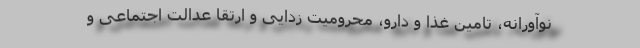
نوآورانه، تامین غذا و دارو، محرومیت زدایی و ارتقا عدالت اجتماعی و